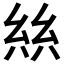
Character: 𢇃